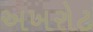
અખરોટ